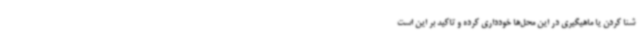
شنا کردن یا ماهیگیری در این محل‌ها خودداری کرده و تاکید بر این است